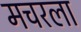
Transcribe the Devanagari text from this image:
मचरला